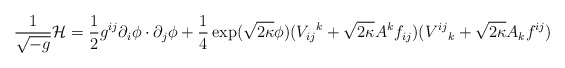
\begin{align*}\frac{1}{\sqrt{-g}}{\cal H}=\frac{1}{2}g^{ij}\partial_i\phi\cdot\partial_j\phi+\frac{1}{4}\exp(\sqrt{2\kappa}\phi)(V_{ij}{}^k +\sqrt{2\kappa}A^k f_{ij})(V^{ij}{}_k+\sqrt{2\kappa} A_k f^{ij})\end{align*}